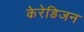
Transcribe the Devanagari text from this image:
केरेडिजन